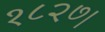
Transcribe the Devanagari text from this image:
१८२७।